Annual administration report of the Civil Veterinary Department of India - 1894-1895
Year: 1894
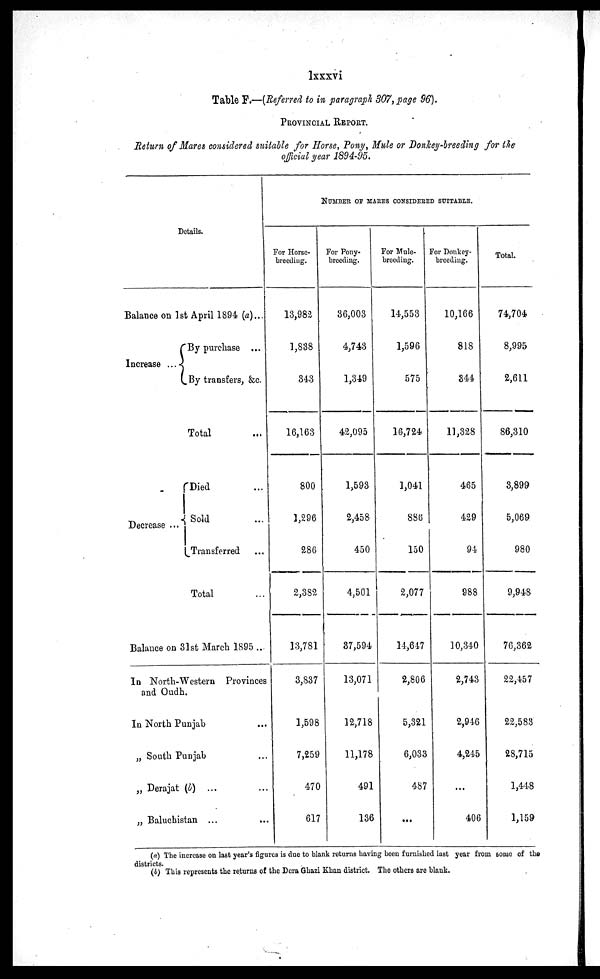
lxxxvi
Table F.—(Referred to in paragraph 307, page 96).
PROVINCIAL REPORT.
Return of Mares considered suitable for Horse, Pony, Mule or Donhey-breeding for the
official year 1894-95.
Details.
Balance on 1st April 1894 (a)...
Increase ..
By purchase ...
By transfers, &c.
Total ...
Decrease ...
Died ...
Sold ...
Transferred ...
Total ...
Balance on 31st March 1895 ..
In North-Western Provinces
and Oudh.
In North Punjab ...
„ South Punjab ...
„ Derajat (l) ... ...
„ Baluchistan ... ...
NUMBER OF MARES CONSIDERED SUITABLE.
For Horse-
breeding.
13,982
1,838
343
16,163
800
1,296
286
2,382
13,781
3,837
1,598
7,259
470
617
For Pony-
breeding.
36,003
4,743
1,349
42,095
1,593
2,458
450
4,501
37,594
13,071
12,718
11,178
491
136
For Mule-
breeding.
14,553
1,596
575
16,724
1,041
886
150
2,077
14,647
2,806
5,321
6,033
487
...
For Donkey-
breeding.
10,166
818
344
11,328
465
429
94
988
10,340
2,743
2,946
4,245
...
406
Total
74,704
8,995
2,611
86,310
3,899
5,069
980
9,948
76,362
22,457
22,583
28,715
1,448
1,159
(a) The increase on last year's figures is due to blank returns having been furnished last year from some of the
districts.
(b) This represents the returns of the Dera Ghazi Khan district. The others are blank.